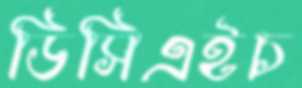
ডিসিএইচ